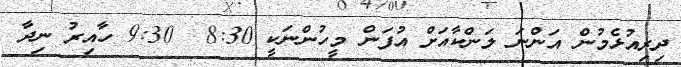
ދިރިއުޅެމުން އަންނަ ލަންކާއަށް އުފަން މީހުންނަކީ 8:30  9:30 ހާއިރު ނިދާ